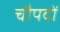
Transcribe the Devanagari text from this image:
चौपदों